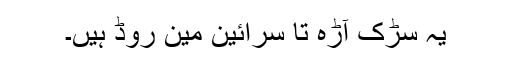
یہ سڑک آڑہ تا سرائین مین روڈ ہیں۔